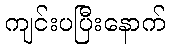
ကျင်းပပြီးနောက်